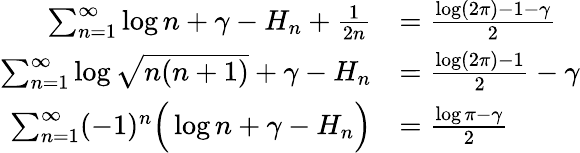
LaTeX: {\begin{array}{rl}{\sum_{n=1}^{\infty}\log n+\gamma-H_{n}+{\frac{1}{2n}}}&{={\frac{\log(2\pi)-1-\gamma}{2}}}\\ {\sum_{n=1}^{\infty}\log{\sqrt{n(n+1)}}+\gamma-H_{n}}&{={\frac{\log(2\pi)-1}{2}}-\gamma}\\ {\sum_{n=1}^{\infty}(-1)^{n}{\Big(}\log n+\gamma-H_{n}{\Big)}}&{={\frac{\log\pi-\gamma}{2}}}\end{array}}